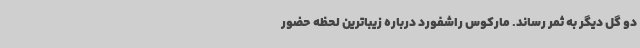
دو گل دیگر به ثمر رساند. مارکوس راشفورد درباره زیباترین لحظه حضور